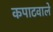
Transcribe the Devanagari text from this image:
कपाटवाले